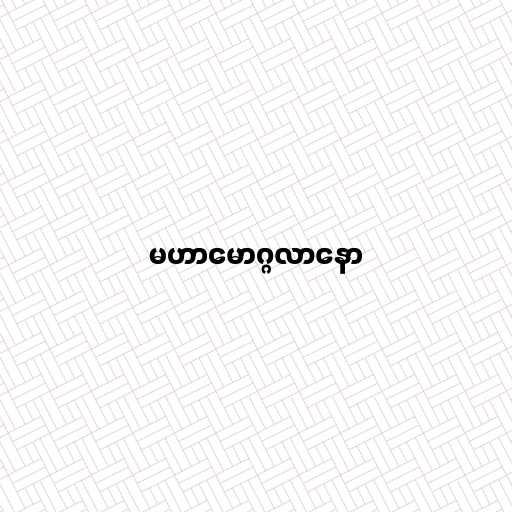
မဟာမောဂ္ဂလာနော